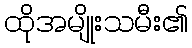
ထိုအမျိုးသမီး၏